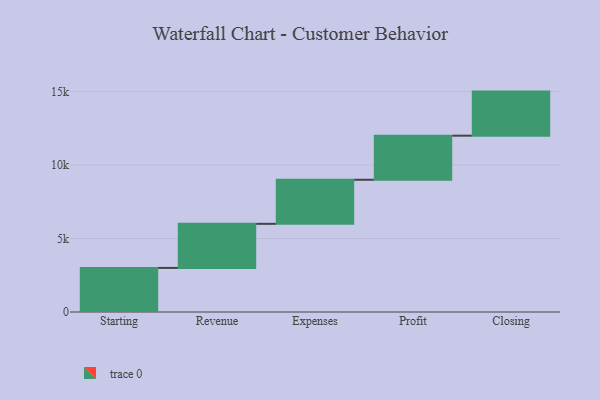
{"axis": {"x": "Step", "y": "Value"}, "legend": [""], "data": [{"x": "Starting", "y": 3000, "type": ""}, {"x": "Revenue", "y": 3000, "type": ""}, {"x": "Expenses", "y": 3000, "type": ""}, {"x": "Profit", "y": 3000, "type": ""}, {"x": "Closing", "y": 3000, "type": ""}]}